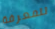
للمعرفة